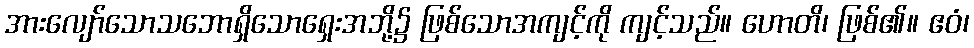
အားလျော်သောသဘောရှိသောရှေးအဘို့၌ ဖြစ်သောအကျင့်ကို ကျင့်သည်။ ဟောတိ၊ ဖြစ်၏။ ဧဝံ၊